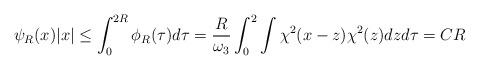
LaTeX: \begin{align*} \psi_R(x) |x| \leq \int_0^{2R} \phi_R(\tau) d\tau =\frac{R}{\omega_3} \int_0^2\int \chi^2(x-z) \chi^2(z) dz d\tau =CR \end{align*}